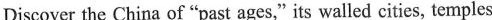
Discover the China of "past ages,"its walled cities, temples